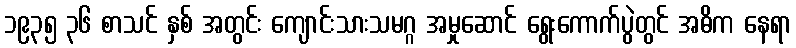
၁၉၃၅ ၃၆ စာသင် နှစ် အတွင်း ကျောင်းသားသမဂ္ဂ အမှုဆောင် ရွေးကောက်ပွဲတွင် အဓိက နေရာ